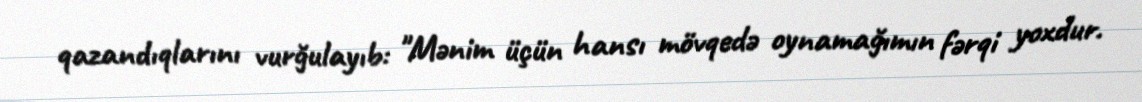
qazandıqlarını vurğulayıb: "Mənim üçün hansı mövqedə oynamağımın fərqi yoxdur.